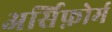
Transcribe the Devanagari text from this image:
अर्सिफ़ोर्म